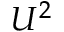
U ^ { 2 }